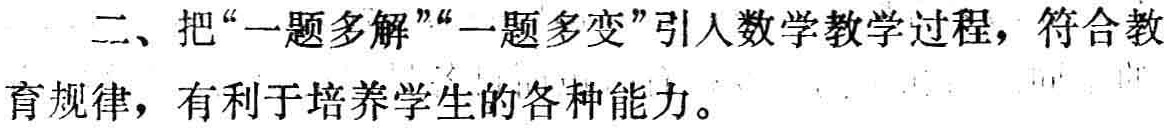
二、把“一题多解”“一题多变”引人数学教学过程，符合教育规律，有利于培养学生的各种能力。